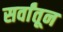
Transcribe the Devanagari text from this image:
सर्वांतून